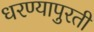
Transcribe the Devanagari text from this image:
धरण्यापुरती